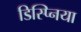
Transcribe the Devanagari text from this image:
डिस्प्निया